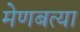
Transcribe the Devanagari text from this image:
मेणबत्या